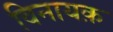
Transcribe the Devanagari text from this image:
विनायक़